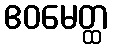
ဧဝမေတ္ထ